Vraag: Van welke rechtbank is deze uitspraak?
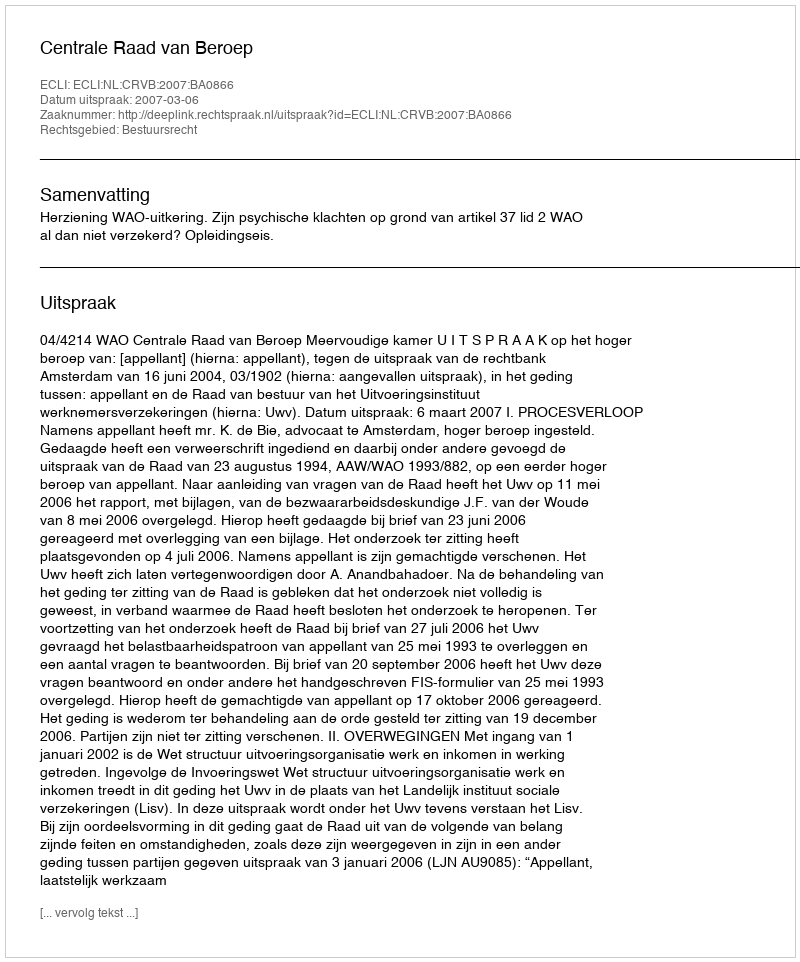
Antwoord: Centrale Raad van Beroep